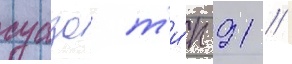
суазо т'и́п 91 //